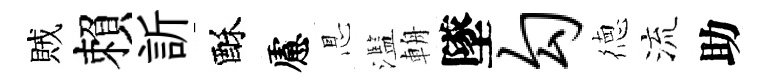
賊賴訢酥慮㤙濫輈墜勾徳流助